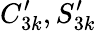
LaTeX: C_{3k}^{\prime},S_{3k}^{\prime}